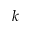
k